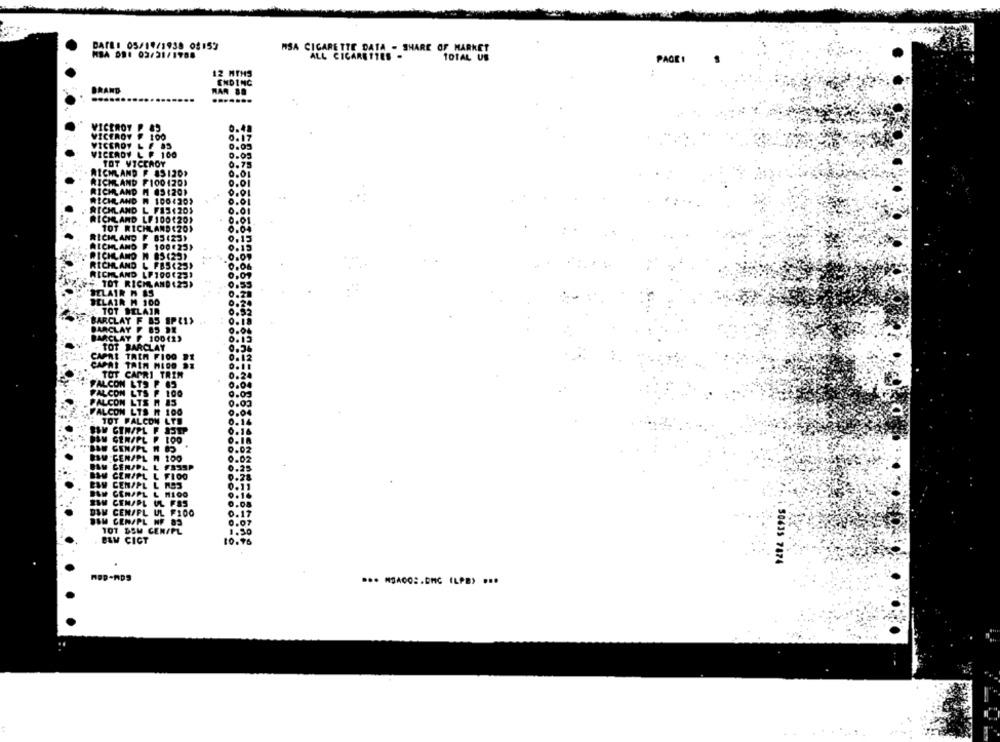
DATE: 05/19/1938 08153
MSA CIGARETTE DATA - SHARE OF MARKET
MSA DE1 03/31/1708
ALL CIGARETTES -
101AL US
PAGE!
12 MTHS
ENDING
BRAND
RAR 88
.......
VICEROY
0.40
VICEROY
0.17
VICEROY L F 85
0.05
VICEROY L F 100
0-05
TOT VICEROY
0.75
RICHLAND F 85120>
0.01
RICHLAND F100120)
0.01
RICHLAND M 03:201
RICHLAND W 1004202
RICHLAND L_F13€205
RICHLAND LF 100120)
TOT RICHLAND(20)
0.04
RICHLAND F 85423>
0.15
ALCHL AND
100.25>
0.15
RICHLAND N BS(25)
RICHLAND
L FBS (25>
RICHLAND LP1004233
TOT RICHLAND (23)
BELAIR M &S
BELAIR M 100
TOT BELAIR
BARCLAY
BARCLAY
ACLAY
100 (2)
TOT
CAPRI TRIM
FALCON LT
CON
CON
0.03
ALCON
TOT FALCON LTD
GINAPL
GERAPL
WW GEN/PL 1 85
CEN/PL M 100
0.02
GER/PL L FSSSP
0.25
CENIPL L FIOO
0.28
EWY CEN/PL L NS3
0.11
ICH CENAPL
M100
0.16
EM CENAPL UL FAS
0.08
DIM CEN/PL UL F100
0.17
JOM CENAPL WF 83
0.07
107 DSM CEN/PL
1.50
BAM CICT
10.76
50435 7874